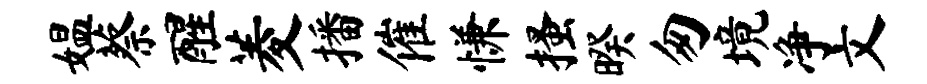
媪蔡醒菱播催慊搔暌匆境净文